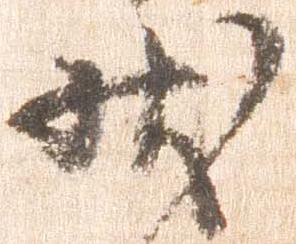
状